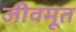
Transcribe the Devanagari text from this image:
जीवमूत